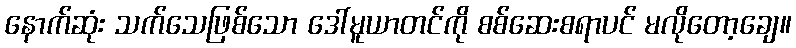
နောက်ဆုံး သက်သေဖြစ်သော ဒေါ်မူယာတင်ကို စစ်ဆေးစရာပင် မလိုတော့ချေ။